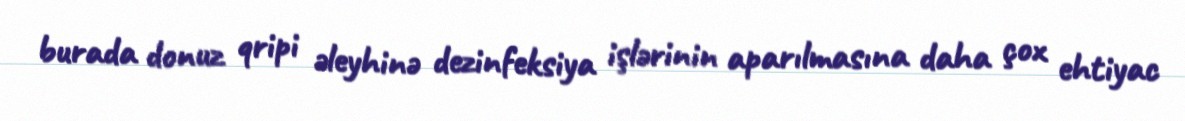
burada donuz qripi əleyhinə dezinfeksiya işlərinin aparılmasına daha çox ehtiyac